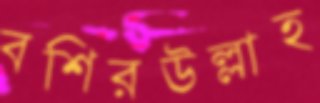
বশিরউল্লাহ